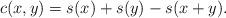
LaTeX: \begin{align*}c(x,y) = s(x)+s(y)-s(x+y).\end{align*}